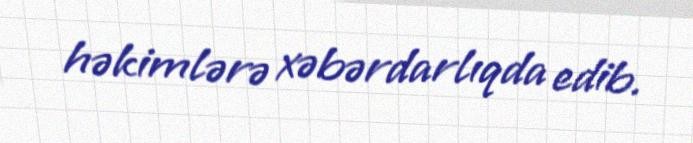
həkimlərə xəbərdarlıqda edib.